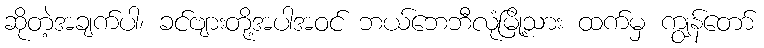
ဆိုတဲ့အချက်ပါ၊ ခင်ဗျားတို့အပါအဝင် ဘယ်ဘေဘီလုံမြို့သား ထက်မှ ကျွန်တော်